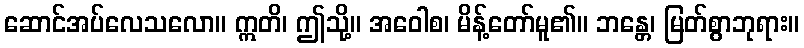
ဆောင်အပ်လေသလော။ ဣတိ၊ ဤသို့။ အဝေါစ၊ မိန့်တော်မူ၏။ ဘန္တေ၊ မြတ်စွာဘုရား။